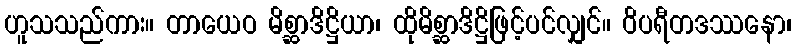
ဟူသသည်ကား။ တာယေဝ မိစ္ဆာဒိဋ္ဌိယာ၊ ထိုမိစ္ဆာဒိဋ္ဌိဖြင့်ပင်လျှင်။ ဝိပရီတဒဿနော၊